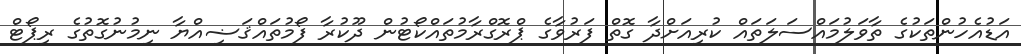
އަޑުއެހުންތަކުގެ ތާވަލުމައްސަލަތައް ކުރިއަށްދާ ގޮތް ފަރުވާގެ ޕްރޮގްރާމުތައްކޯޓުން ދޫކުރާ ފޯމުތައްޤަޟިއްޔާ ނިމުނުގޮތުގެ ރިޕޯޓް